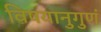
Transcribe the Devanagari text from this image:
विषयानुगुणं